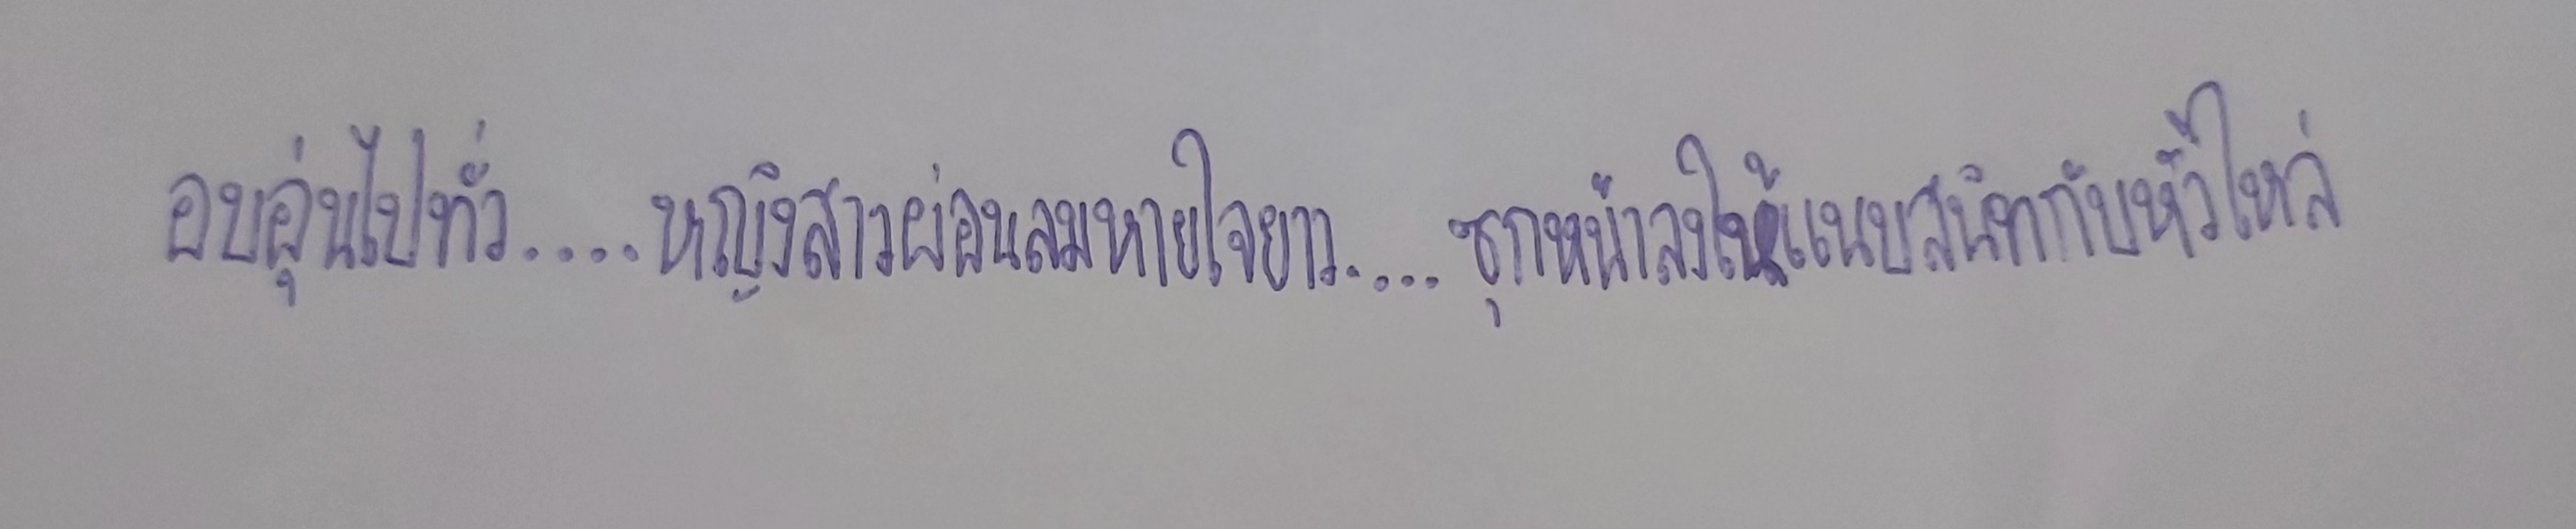
อบอุ่นไปทั่ว....หญิงสาวผ่อนลมหายใจยาว....ซุกหน้าลงให้แนบสนิทกับหัวไหล่